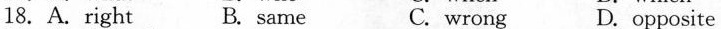
18. A.right B. same C. wrong D. opposite